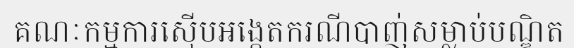
គណៈកម្មការស៊ើបអង្កេតករណីបាញ់សម្លាប់បណ្ឌិត